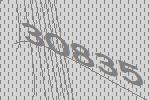
30835